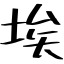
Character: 埃